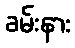
ခမ်းနား